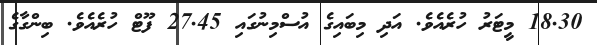
18.30 މީޓަރު ހުރެއެވެ. އަދި މިބައިގެ އުސްމިނުގައި 27.45 ފޫޓް ހުރެއެވެ. ބިންގާގެ